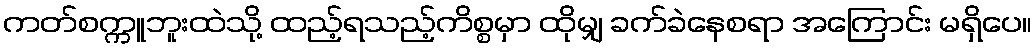
ကတ်စက္ကူဘူးထဲသို့ ထည့်ရသည့်ကိစ္စမှာ ထိုမျှ ခက်ခဲနေစရာ အကြောင်း မရှိပေ။